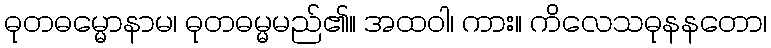
ဓုတဓမ္မောနာမ၊ ဓုတဓမ္မမည်၏။ အထဝါ၊ ကား။ ကိလေသဓုနနတော၊